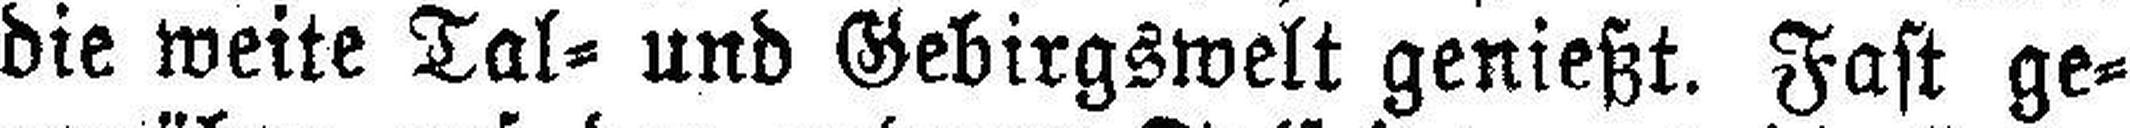
die weite Tal= und Gebirgswelt genießt. Fast ge¬